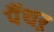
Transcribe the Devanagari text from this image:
पैंथऱ